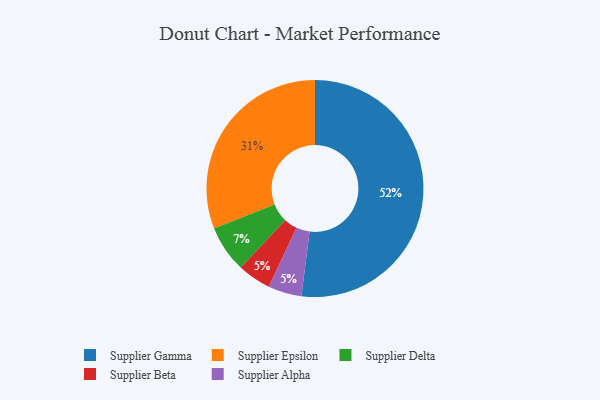
{"axis": {"x": "Category", "y": "Percentage"}, "legend": ["Supplier Alpha", "Supplier Beta", "Supplier Delta", "Supplier Epsilon", "Supplier Gamma"], "data": [{"x": "Supplier Beta", "y": 5, "type": "Supplier Beta"}, {"x": "Supplier Delta", "y": 7, "type": "Supplier Delta"}, {"x": "Supplier Alpha", "y": 5, "type": "Supplier Alpha"}, {"x": "Supplier Gamma", "y": 52, "type": "Supplier Gamma"}, {"x": "Supplier Epsilon", "y": 31, "type": "Supplier Epsilon"}]}